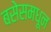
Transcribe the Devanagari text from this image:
बसेसमधून